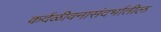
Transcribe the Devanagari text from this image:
कर्दळीवनासंदर्भातील